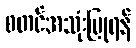
စတင်အသုံးပြုရန်